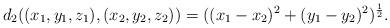
LaTeX: \begin{align*}d_2((x_1, y_1, z_1),(x_2, y_2, z_2)) = ((x_1-x_2)^2+(y_1-y_2)^2)^{\frac{1}{2}}.\end{align*}